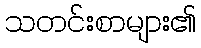
သတင်းစာများ၏